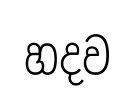
හදව